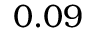
0 . 0 9